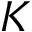
K